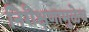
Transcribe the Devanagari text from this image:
निरीक्षणामुळेच